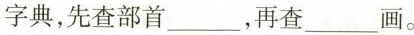
字典，先查部首___，再查___画。